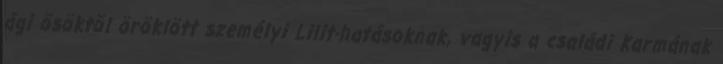
ági õsöktõl öröklött személyi Lilit-hatásoknak, vagyis a családi Karmának